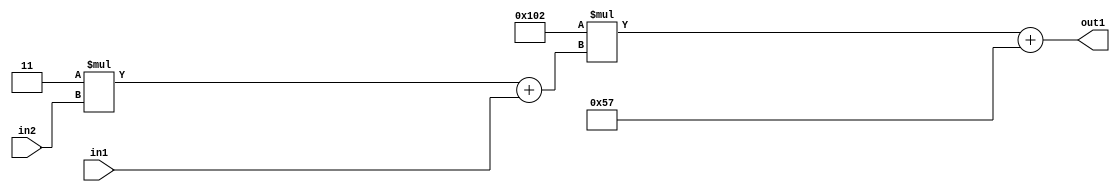
`timescale 1ps / 1ps
/*****************************************************************************
    Verilog RTL Description
    
    
    Created by: Stratus DpOpt 2019.1.01 
*******************************************************************************/

module DC_Filter_Add2i87Mul2i258Add2u1Mul2i3u2_1 (
	in2,
	in1,
	out1
	); /* architecture "behavioural" */ 
input [1:0] in2;
input  in1;
output [11:0] out1;
wire [11:0] asc001;
wire [3:0] asc002;

wire [3:0] asc002_tmp_0;
assign asc002_tmp_0 = 
	+(4'B0011 * in2);
assign asc002 = asc002_tmp_0
	+(in1);

wire [11:0] asc001_tmp_1;
assign asc001_tmp_1 = 
	+(12'B000100000010 * asc002);
assign asc001 = asc001_tmp_1
	+(12'B000001010111);

assign out1 = asc001;
endmodule

/* CADENCE  v7b3Qgw= : u9/ySgnWtBlWxVPRXgAZ4Og= ** DO NOT EDIT THIS LINE ******/